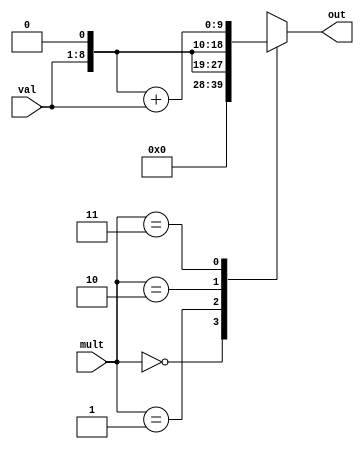
// EFFICIENT MULTIPLIER MODULE
// by 'efficient', we mean 'efficient-ish'
// and by 'multiplier', we mean 'multiplier as long as one of the values
// you're trying to multiply by is in [0,3)
	
module multiplier #(
	parameter WIDTH = 8
)(
	input [WIDTH-1:0] val,
	input [1:0] mult,
	output [WIDTH+1:0] out
);
	// NOTE: THIS IS NOWHERE NEAR TECHNICALLY CORRECT
	// We know that.
	// It's basically just a quick hack for our display stuff.  Woops.

	wire [WIDTH+1:0] newval;
	assign newval = val;

	reg [WIDTH+1:0] outval;
	assign out = outval;

	always @(*) begin
		case(mult)
			2'd0: outval = 1'd0;
			2'd1: outval = newval;
			2'd2: outval = newval << 1'b1;
			2'd3: outval = (newval << 1'b1) + newval;
			default: outval = newval;
		endcase
	end
endmodule